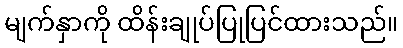
မျက်နှာကို ထိန်းချုပ်ပြုပြင်ထားသည်။